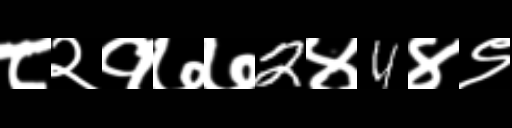
Text: ८२१७७2४4४९